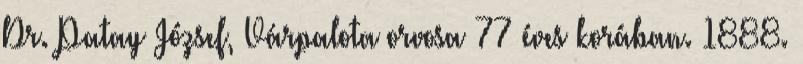
Dr. Patay József, Várpalota orvosa 77 éves korában. 1888.